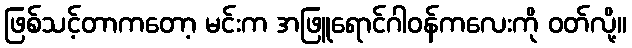
ဖြစ်သင့်တာကတော့ မင်းက အဖြူရောင်ဂါဝန်ကလေးကို ဝတ်လို့။